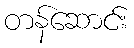
တန်ဆောင်း